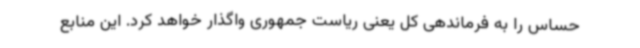
حساس را به فرماندهی کل یعنی ریاست جمهوری واگذار خواهد کرد. این منابع